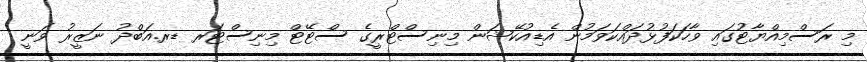
މި ރަސްމިއްޔާޓުގައި ވާހަކަފުޅުދައްކަވަމުން އެޑިއުކޭޝަން މިނިސްޓްރީގެ ސްޓޭޓް މިނިސްޓަރ ޑރ.އަބްދު ނަޒީރު ވަނީ